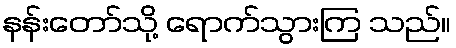
နန်းတော်သို့ ရောက်သွားကြ သည်။